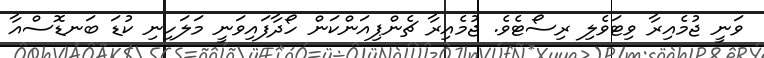
ވަނީ ޖުމެއިރާ ވިޓަވެލި ރިސޯޓެވެ. ޖުމެއިރާ ޗެންޕިއަންކަން ހޯދާފައިވަނީ މަލަހިނި ކުޑަ ބަނޑޮސްއާ